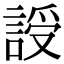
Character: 䛵